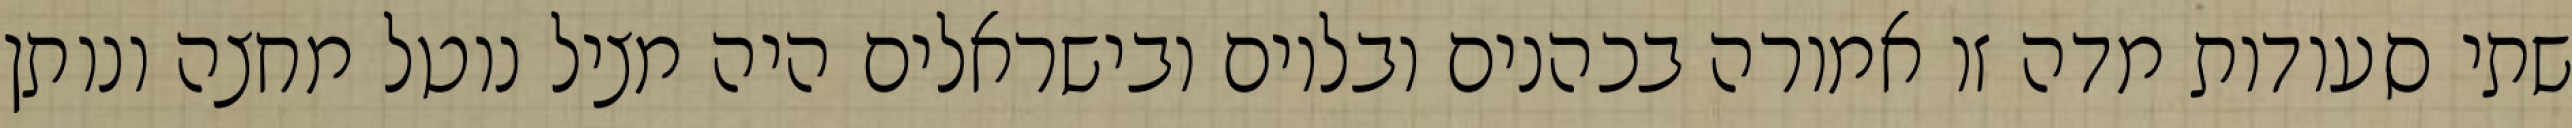
שתי סעודות מדה זו אמורה בכהנים ובלוים ובישראלים היה מציל נוטל מחצה ונותן